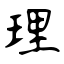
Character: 理